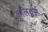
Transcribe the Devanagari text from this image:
कुलियर्स